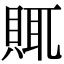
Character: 𧶋